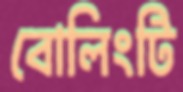
বোলিংটি